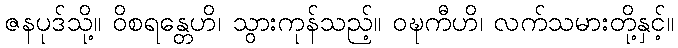
ဇနပုဒ်သို့။ ဝိစရန္တေဟိ၊ သွားကုန်သည့်။ ဝဍ္ဎကီဟိ၊ လက်သမားတို့နှင့်။